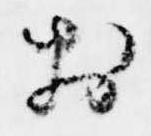
於